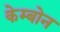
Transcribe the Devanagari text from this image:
केम्बोन